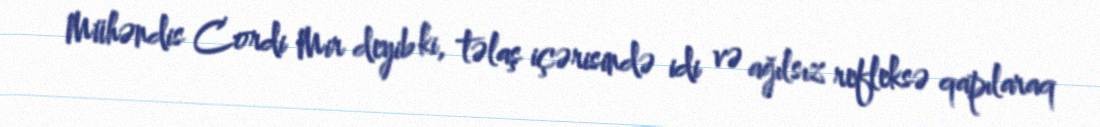
Mühəndis Cordi Mir deyib ki, təlaş içərisində idi və ağılsız refleksə qapılaraq